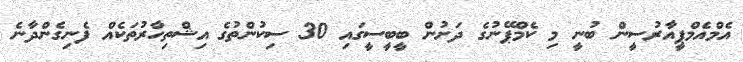
އެމްއެމްޕީއާރުސީން ބުނީ މި ކެމްޕޭނުގެ ދަށުން ބީބީސީގައި 30 ސިކުންތުގެ އިޝްތިހާރުތަކެއް ފެނިގެންދާނެ